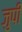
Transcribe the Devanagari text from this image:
जुपी